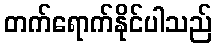
တက်ရောက်နိုင်ပါသည်